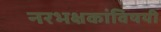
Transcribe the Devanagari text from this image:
नरभक्षकांविषयी